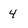
Character: 4